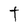
Character: t